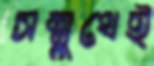
সম্মুখেই